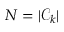
N = | \mathcal { C } _ { k } |